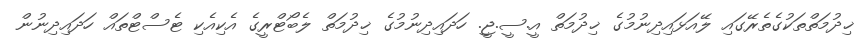
ޚިދުމަތްތަކުގެތެރޭގައި ލޭއަޅައިދިނުމުގެ ޚިދުމަތް އީ.ސީ.ޖީ. ހަދައިދިނުމުގެ ޚިދުމަތް ލެބޯޓްރީގެ އެކިއެކި ޓެސްޓްތައް ހަދައިދިނުން